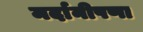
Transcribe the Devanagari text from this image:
मर्दानीपणा